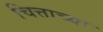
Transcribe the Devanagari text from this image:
चित्ताच्या